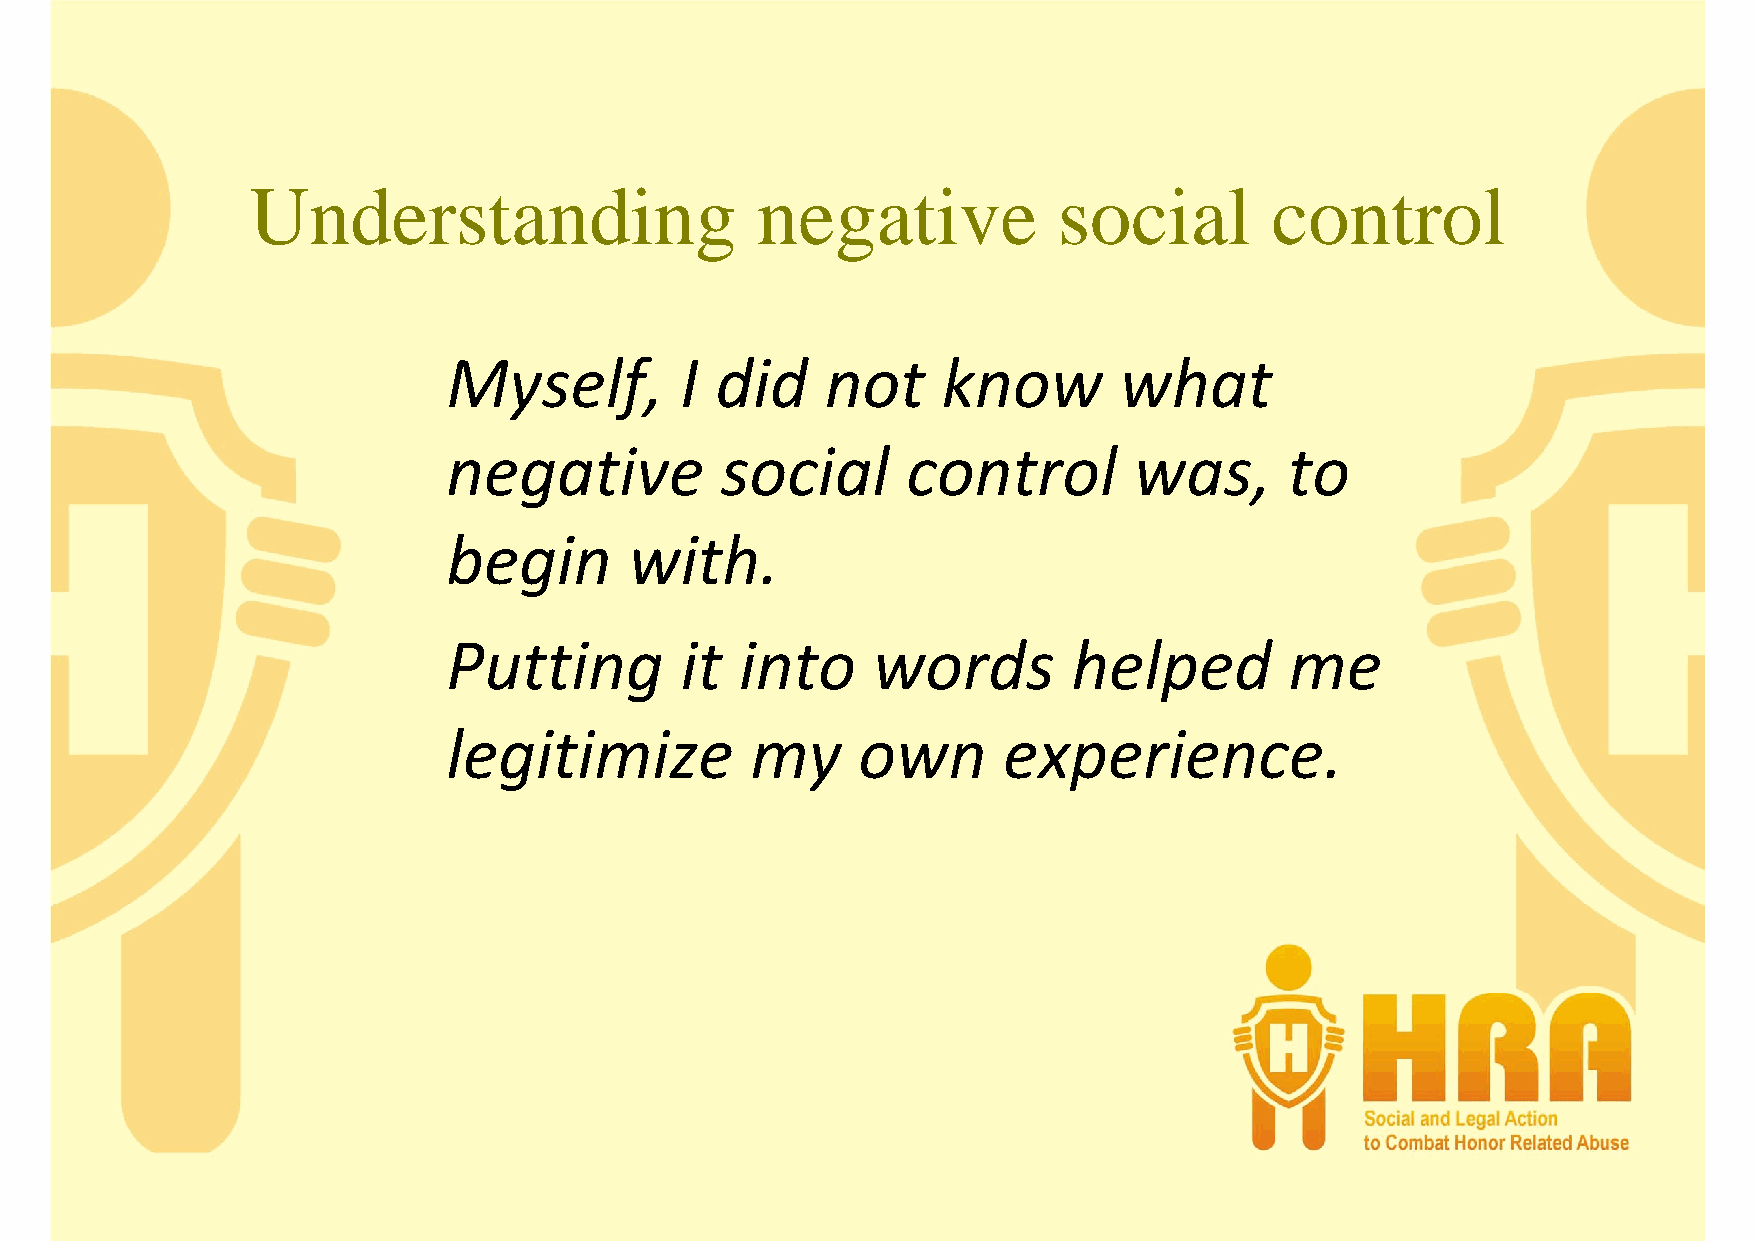
Understanding                    negative            social        control
 Myself,        I did     not    know        what
 negative          social      control        was,      to
 begin       with.
 Putting        it  into     words        helped        me
 legitimize          my     own      experience.